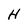
Character: H